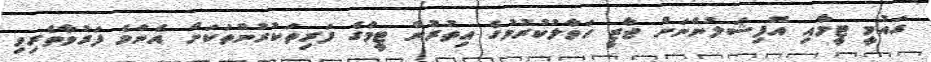
ގައުމީ ޓީމާއި އޮފިޝަލުންނަށް ޖާޒީ ހަވާލުކުރުމުގެ އިތުރުން ޓީމްގެ ފަރިތަކުރުންތަކަށް އެންމެ ފަރުވާތެރިވި